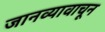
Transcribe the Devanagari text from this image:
जानव्यावाचून